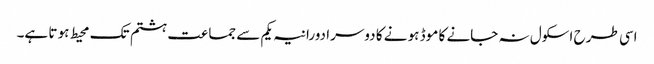
اسی طر ح اسکول نہ جانے کا موڈ ہو نے کا دوسرا دورانیہ یکم سے جما عت ہشتم تک محیط ہو تا ہے۔